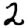
Digit: 2